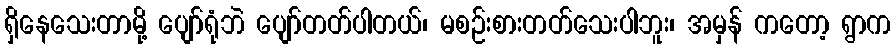
ရှိနေသေးတာမို့ ပျော်ရုံဘဲ ပျော်တတ်ပါတယ်၊ မစဉ်းစားတတ်သေးပါဘူး၊ အမှန် ကတော့ ရွာက